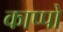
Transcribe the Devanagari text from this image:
काप्पो